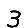
Digit: 3